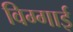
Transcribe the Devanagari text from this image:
विग्गाई